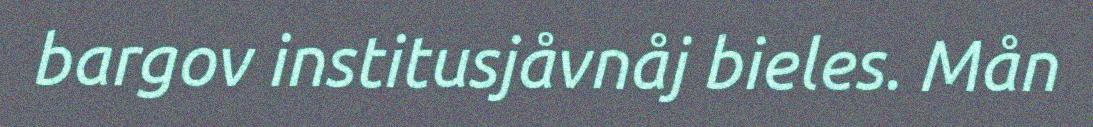
bargov institusjåvnåj bieles. Mån